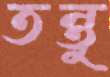
তন্তু